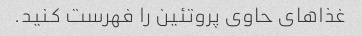
غذاهای حاوی پروتئین را فهرست کنید.